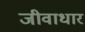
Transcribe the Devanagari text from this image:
जीवाधार